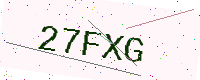
Text: 27FXG